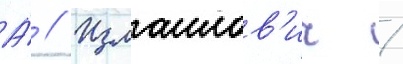
А́ // Измаилов'ич /